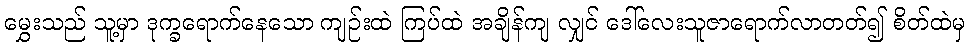
မွှေးသည် သူ့မှာ ဒုက္ခရောက်နေသော ကျဉ်းထဲ ကြပ်ထဲ အချိန်ကျ လျှင် ဒေါ်လေးသူဇာရောက်လာတတ်၍ စိတ်ထဲမှ